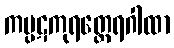
ကပ္ပဋကုရတ္ထေရဂါထာ